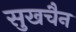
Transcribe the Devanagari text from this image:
सुखचैन